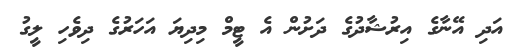
އަދި އޭނާގެ އިރުޝާދުގެ ދަށުން އެ ޓީމް މިދިޔަ އަހަރުގެ ދިވެހި ލީގު